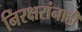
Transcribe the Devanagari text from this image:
निरक्षरांनाही